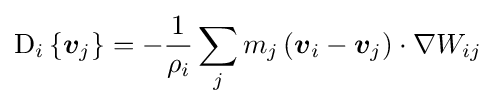
\operatorname {D} _{i}\left\{{\boldsymbol {v}}_{j}\right\}=-{\frac {1}{\rho _{i}}}\sum _{j}m_{j}\left({\boldsymbol {v}}_{i}-{\boldsymbol {v}}_{j}\right)\cdot \nabla W_{ij}